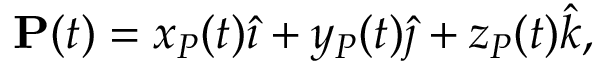
\mathbf { P } ( t ) = x _ { P } ( t ) { \hat { \imath } } + y _ { P } ( t ) { \hat { \jmath } } + z _ { P } ( t ) { \hat { k } } ,